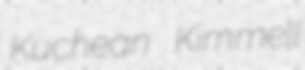
Kuchean Kimmell